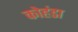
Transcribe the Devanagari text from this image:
कोहंडा